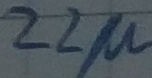
Text: 22µ